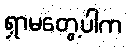
ရှာမတွေ့ပါက